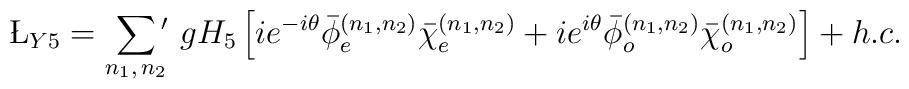
{\L_{Y5}}= \sum_{n_1,\, n_2}\,\!\!\!^\prime\ g  H_5 \left[ i e^{- i \theta} {\bar{\phi} }^{(n_1,n_2)}_e {\bar{\chi} }^{(n_1,n_2)}_e +i e^{i \theta} {\bar{\phi} }^{(n_1,n_2)}_o {\bar{\chi} }^{(n_1,n_2)}_o\right]+ h.c.